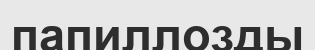
папиллозды